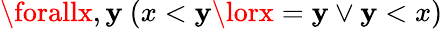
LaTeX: \forallx,\mathbf{y}\ (x<\mathbf{y}\lorx=\mathbf{y}\lor\mathbf{y}<x)